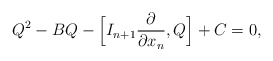
\begin{align*} Q^2 - BQ - \Bigl[I_{n+1} \frac{\partial }{\partial x_n},Q\Bigr] + C = 0,\end{align*}